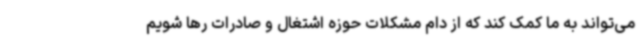
می‌تواند به ما کمک کند که از دام مشکلات حوزه اشتغال و صادرات رها شویم